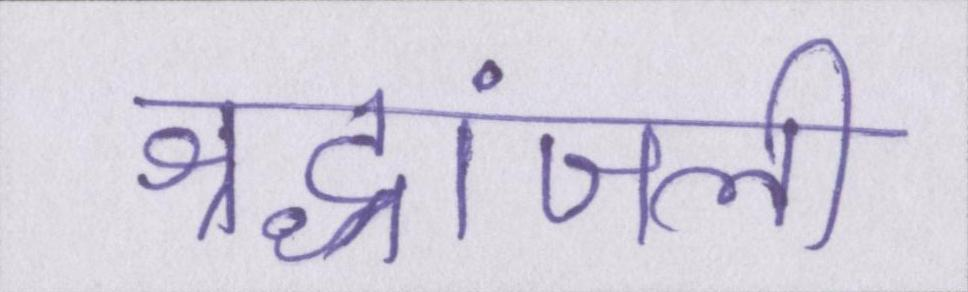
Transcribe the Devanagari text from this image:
श्रद्धांजली